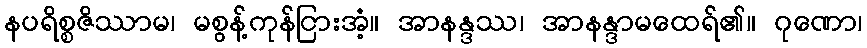
နပရိစ္စဇိဿာမ၊ မစွန့်ကုန်ငြားအံ့။ အာနန္ဒဿ၊ အာနန္ဒာမထေရ်၏။ ဂုဏော၊